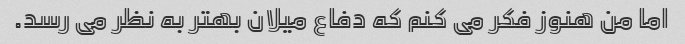
اما من هنوز فکر می کنم که دفاع میلان بهتر به نظر می رسد.